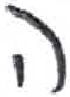
אות: ה